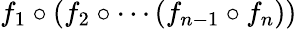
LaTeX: f_{1}\circ(f_{2}\circ\cdots(f_{n-1}\circ f_{n}))